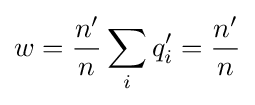
w={\frac {n'}{n}}\sum _{i}q_{i}'={\frac {n'}{n}}